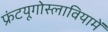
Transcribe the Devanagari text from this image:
फ्रंटयूगोस्लावियामें